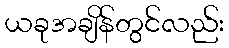
ယခုအချိန်တွင်လည်း